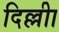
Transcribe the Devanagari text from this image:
दिल्लीा